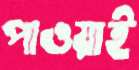
পাওয়াই